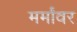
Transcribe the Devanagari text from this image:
मर्मांवर